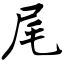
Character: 尾